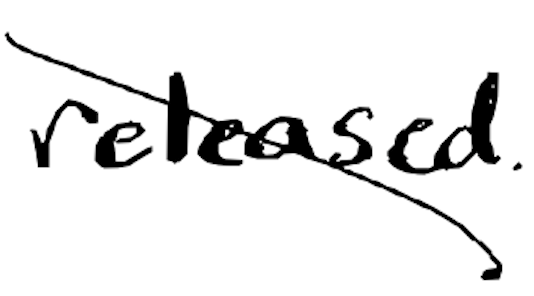
Text: released.
Cross-out: diagonal
Writing tool: digital_black